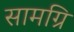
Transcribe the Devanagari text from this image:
सामग्रि